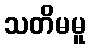
သတိမမူ